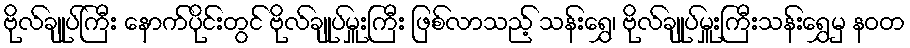
ဗိုလ်ချုပ်ကြီး နောက်ပိုင်းတွင် ဗိုလ်ချုပ်မှူးကြီး ဖြစ်လာသည့် သန်းရွှေ၊ ဗိုလ်ချုပ်မှူးကြီးသန်းရွှေမှ နဝတ